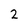
Character: 2